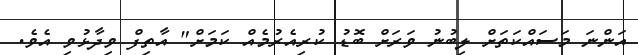
އަންނަ މަސައްކަތަށް ލިބުނު ވަރަށް ބޮޑު ކުރިއެރުމެއް ކަމަށް" އާތިފް ވިދާޅުވި އެވެ.